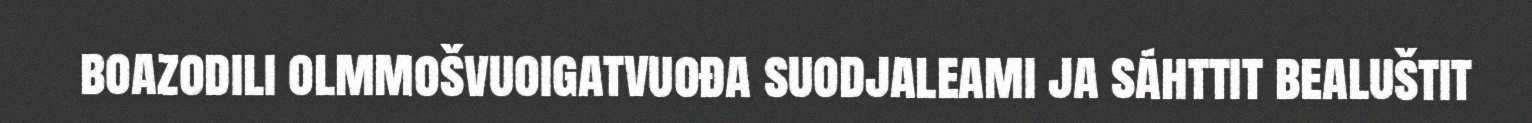
boazodili olmmošvuoigatvuođa suodjaleami ja sáhttit bealuštit